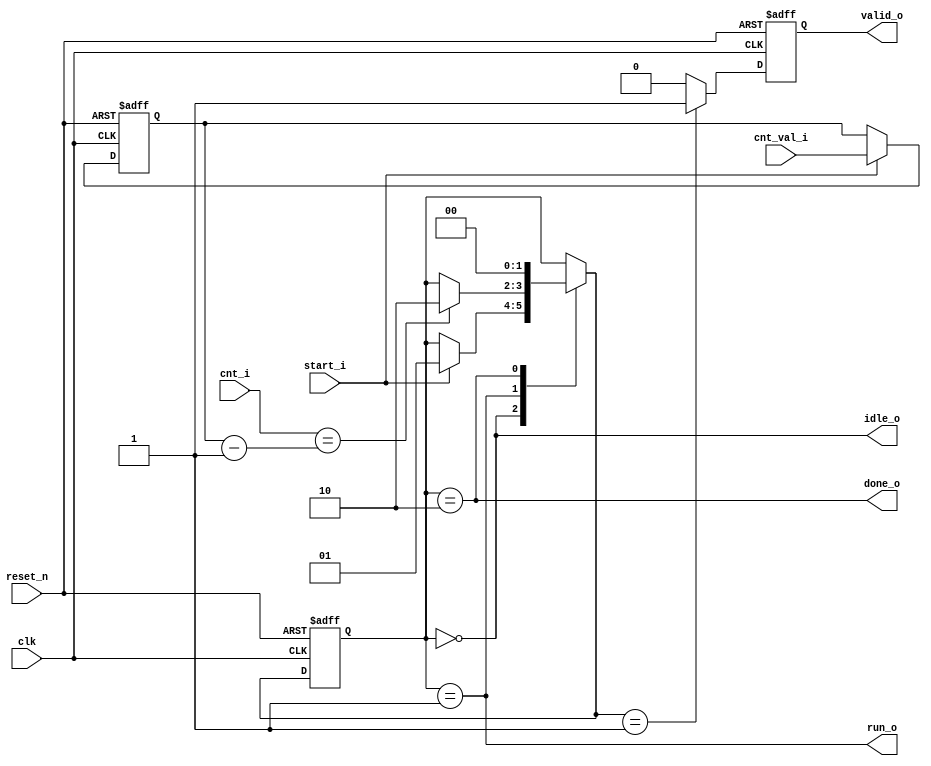
module counter_fsm #(
    parameter CNT_BIT = 31  //run_count_i 가 31bit 이다.
    )
    (
    input clk,
    input reset_n,
    
    input start_i,
    
    input [CNT_BIT - 1  :0] cnt_val_i,  // purpose of count
    input [CNT_BIT - 1 : 0] cnt_i,      // counter counting number
    
    output idle_o,
    output run_o,
    output done_o,
    output valid_o
);

    localparam IDLE = 2'b00;
    localparam RUN  = 2'b01;
    localparam DONE = 2'b10;
    
    
    reg [CNT_BIT - 1 : 0] cnt_val;
    // 1. cnt val capture
    always @(posedge clk, negedge reset_n) begin
        if (!reset_n) begin
            cnt_val <= {(CNT_BIT){1'b0}};        
        end else if (start_i) begin
            cnt_val <= cnt_val_i;        
        end 
    end
    
    
    reg [1:0] c_state, n_state;
    // 2. FSM seq logic
    always @(posedge clk, negedge reset_n) begin
        if (!reset_n) begin
            c_state <= IDLE;
        end else begin
            c_state <= n_state;
        end
    end
    
    // 3. FSM comb logic
    always @(*) begin
        n_state = c_state;    // prevent latch
        case (c_state) 
            IDLE : begin
                if (start_i) begin
                    n_state = RUN;  // if start_i, transition to RUN state
                end 
            end
            RUN : begin
                if (cnt_i == cnt_val - 1) begin
                    n_state = DONE; // if counter number is equal to cnt_val, transition to DONE state
                end
            end
            DONE : begin
                n_state = IDLE; // next cycle transition to IDLE
            end
        endcase
    end
    
    reg valid, valid_n;
    always @(posedge clk, negedge reset_n) begin
        if (!reset_n) begin
            valid <= 1'b0;
        end else if (n_state == RUN) begin
            valid <= 1'b1;
        end else begin
            valid <= valid_n;
        end
    end

    always @(*) begin
        valid_n = 1'b0;
    end

    assign idle_o   = (c_state == IDLE);
    assign run_o    = (c_state == RUN);
    assign done_o   = (c_state == DONE);
    assign valid_o  = valid;

endmodule